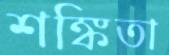
শঙ্কিতা